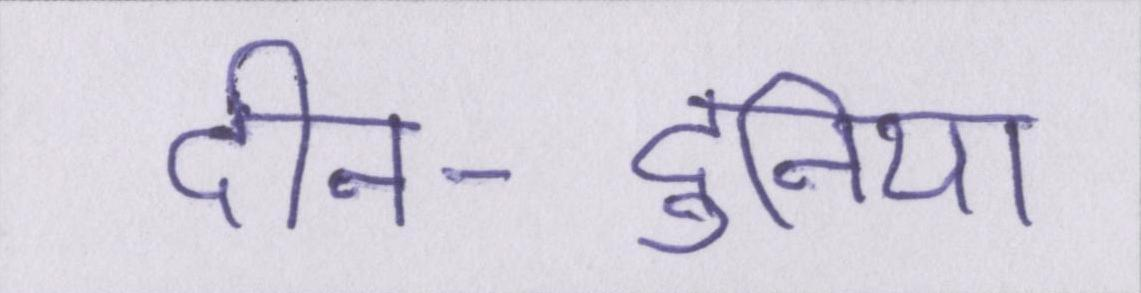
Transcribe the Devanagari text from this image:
दीन-दुनिया